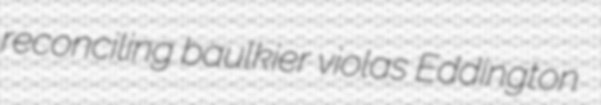
reconciling baulkier violas Eddington